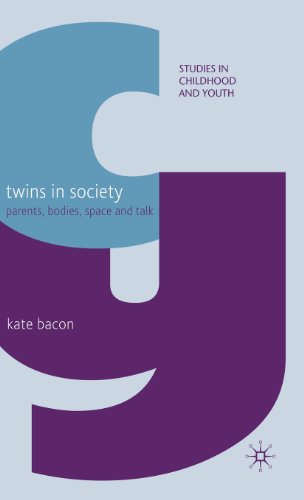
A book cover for Twins in Society: Parents, Bodies, Space and Talk (Studies in Childhood and Youth); Kate Bacon; Parenting & Relationships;